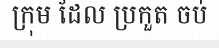
ក្រុម ដែល ប្រកួត ចប់